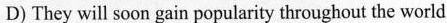
D)They will soon gain popularity throughout the world.